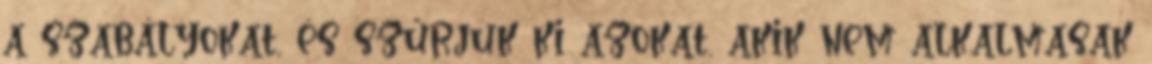
a szabályokat, és szűrjük ki azokat, akik nem alkalmasak